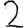
Digit: 2